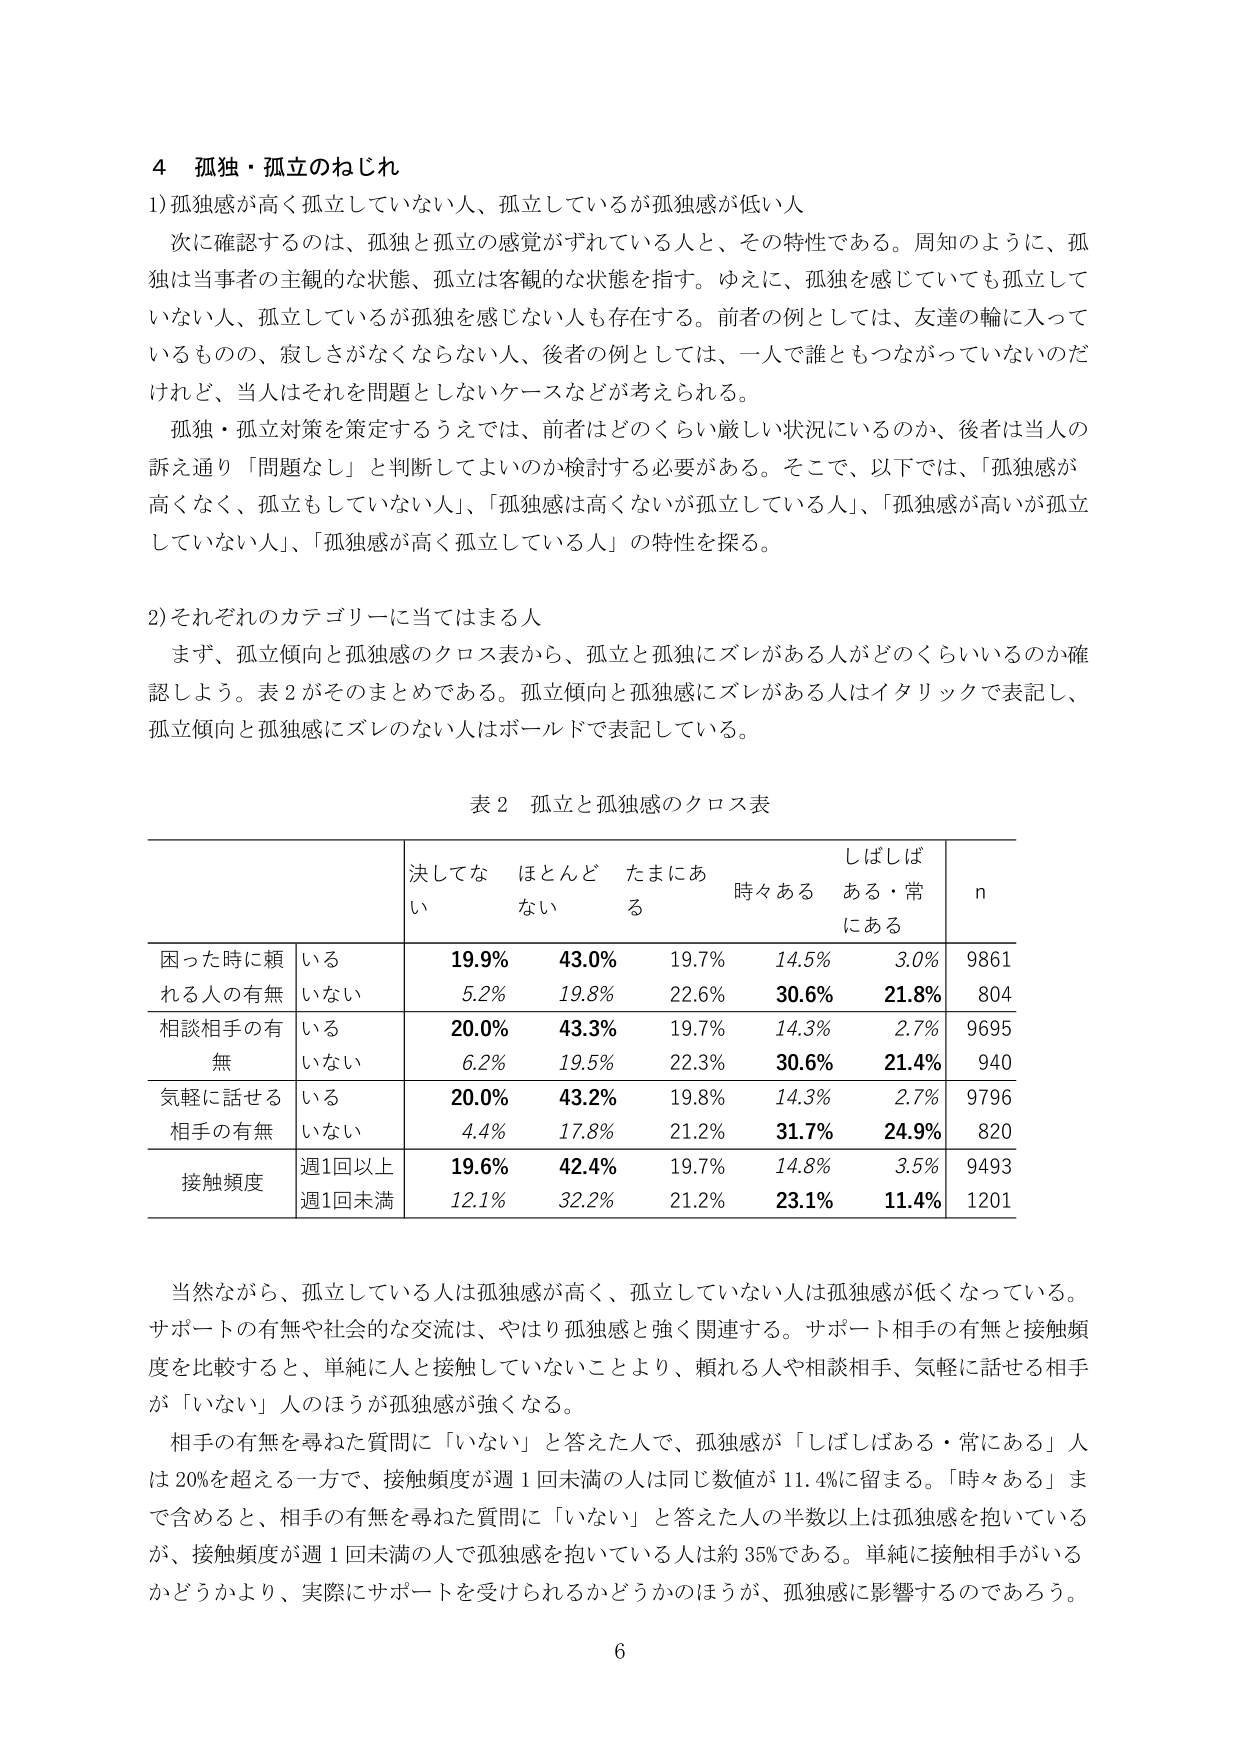
4 孤独・孤立のねじれ

1) 孤独感が高く孤立していない人、孤立しているが孤独感が低い人

次に確認するのは、孤独と孤立の感覚がずれている人と、その特性である。周知のように、孤独は当事者の主観的な状態、孤立は客観的な状態を指す。ゆえに、孤独を感じていても孤立していない人、孤立しているが孤独を感じない人も存在する。前者の例としては、友達の輪に入っているものの、寂しさがなくなならない人、後者の例としては、一人で誰ともつながっていないのだけれど、当人はそれを問題としないケースなどが考えられる。

孤独・孤立対策を策定するうえでは、前者はどのくらい厳しい状況にいるのか、後者は当人の訴え通り「問題なし」と判断してよいのか検討する必要がある。そこで、以下では、「孤独感が高くなく、孤立もしていない人」、「孤独感は高くないが孤立している人」、「孤独感が高いが孤立していない人」、「孤独感が高く孤立している人」の特性を探る。

2) それぞれのカテゴリーに当てはまる人

まず、孤立傾向と孤独感のクロス表から、孤立と孤独にズレがある人がどのくらいいるのか確認しよう。表2がそのまとめである。孤立傾向と孤独感にズレがある人はイタリックで表記し、孤立傾向と孤独感にズレのない人はボルドで表記している。

表2 孤立と孤独感のクロス表

| | | 決してない | ほとんどない | たまにある | 時々ある | しばしばある・常にあ る | n |
|---|---|---|---|---|---|---|---|
| 困った時に頼れる人の有無 | いる | **19.9%** | **43.0%** | 19.7% | *14.5%* | *3.0%* | 9861 |
| | いない | *5.2%* | *19.8%* | 22.6% | **30.6%** | **21.8%** | 804 |
| 相談相手の有無 | いる | **20.0%** | **43.3%** | 19.7% | *14.3%* | *2.7%* | 9695 |
| | いない | *6.2%* | *19.5%* | 22.3% | **30.6%** | **21.4%** | 940 |
| 気軽に話せる相手の有無 | いる | **20.0%** | **43.2%** | 19.8% | *14.3%* | *2.7%* | 9796 |
| | いない | *4.4%* | *17.8%* | 21.2% | **31.7%** | **24.9%** | 820 |
| 接触頻度 | 週1回以上 | **19.6%** | **42.4%** | 19.7% | *14.8%* | *3.5%* | 9493 |
| | 週1回未満 | *12.1%* | *32.2%* | 21.2% | **23.1%** | **11.4%** | 1201 |

当然ながら、孤立している人は孤独感が高く、孤立していない人は孤独感が低くなっている。サポートの有無や社会的な交流は、やはり孤独感と強く関連する。サポート相手の有無と接触頻度を比較すると、単純に人と接触していないことより、頼れる人や相談相手、気軽に話せる相手が「いない」人のほうが孤独感が強くなる。

相手の有無を尋ねた質問に「いない」と答えた人で、孤独感が「しばしばある・常にあ る」人は20%を超える一方で、接触頻度が週1回未満の人は同じ数値が11.4%に留まる。「時々ある」まで含めると、相手の有無を尋ねた質問に「いない」と答えた人の半数以上は孤独感を抱いているが、接触頻度が週1回未満の人で孤独感を抱いている人は約35%である。単純に接触相手がいるかどうかより、実際にサポートを受けられるかどうかのほうが、孤独感に影響するのであろう。

6